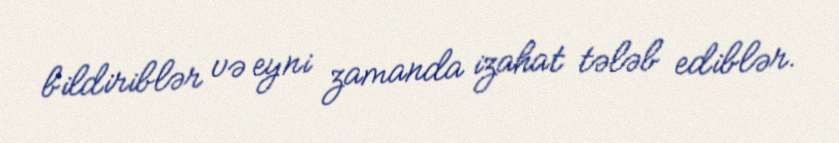
bildiriblər və eyni zamanda izahat tələb ediblər.